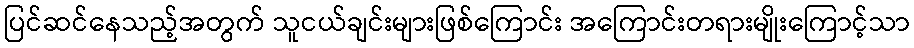
ပြင်ဆင်နေသည့်အတွက် သူငယ်ချင်းများဖြစ်ကြောင်း အကြောင်းတရားမျိုးကြောင့်သာ